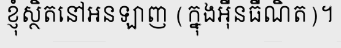
ខ្ញុំស្ថិតនៅអនឡាញ (ក្នុងអ៊ីនធឺណិត)។